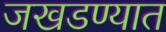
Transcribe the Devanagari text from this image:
जखडण्यात